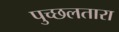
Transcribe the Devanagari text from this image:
पुच्छलतारा